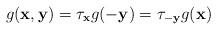
LaTeX: \begin{align*} g(\mathbf x,\mathbf y)=\tau_{\mathbf x}g(-\mathbf y)=\tau_{-\mathbf y}g(\mathbf x) \end{align*}